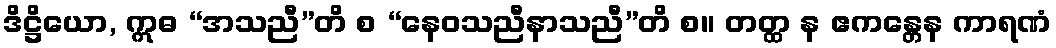
ဒိဋ္ဌိယော, ဣဓ “အသညီ”တိ စ “နေဝသညီနာသညီ”တိ စ။ တတ္ထ န ဧကန္တေန ကာရဏံ